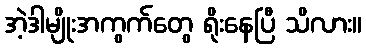
အဲ့ဒါမျိုးအကွက်တွေ ရိုးနေပြီ သိလား။